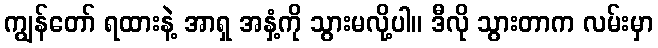
ကျွန်တော် ရထားနဲ့ အာရှ အနှံ့ကို သွားမလို့ပါ။ ဒီလို သွားတာက လမ်းမှာ